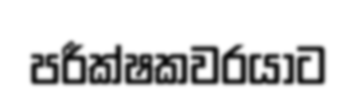
පරීක්ෂකවරයාට